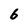
Character: 6